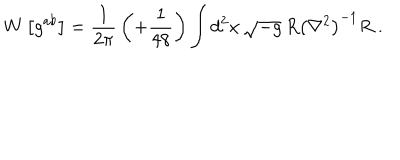
LaTeX: W \left[ g ^ { a b } \right] = { \frac { 1 } { 2 \pi } } \left( + { \frac { 1 } { 4 8 } } \right) \int d ^ { 2 } x \, \sqrt { - g } \, R { \left( \nabla ^ { 2 } \right) } ^ { - 1 } R \; .